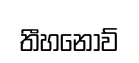
තීහනොව්